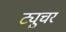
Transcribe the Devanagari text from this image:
ट्युचर